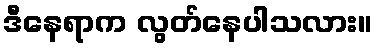
ဒီနေရာက လွတ်နေပါသလား။